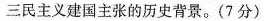
三民主义建国主张的历史背景。(7分)